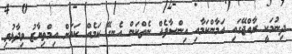
ދިނުމަކީ ރާއްޖޭގައި އަމާންކަމާއި އިންސާފެއް ނެތްކަން އެނގޭ ކަމެއް ކަމަށް އިމްތިޔާޒު ވިދާޅުވި